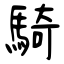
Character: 騎